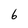
Character: 6